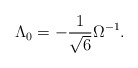
\begin{align*}\Lambda_{0}=-\frac{1}{\sqrt{6}}\Omega^{-1}.\end{align*}